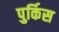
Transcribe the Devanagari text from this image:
पुर्किस